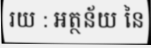
រយ : អត្ថន័យ នៃ